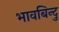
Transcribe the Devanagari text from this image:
भावबिन्दु